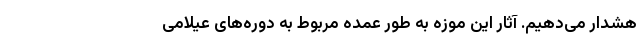
هشدار می‌دهیم. آثار این موزه به طور عمده مربوط به دوره‌های عیلامی